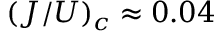
( J / U ) _ { c } \approx 0 . 0 4